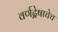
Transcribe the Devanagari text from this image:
वर्णद्वेषाचेच